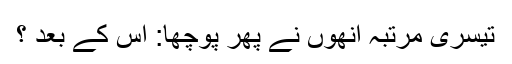
تیسری مرتبہ انھوں نے پھر پوچھا: اس کے بعد ؟